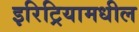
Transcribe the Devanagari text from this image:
इरिट्रियामधील